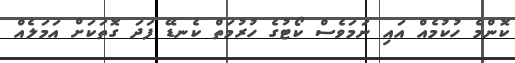
ކޮންމެ ހުކުމެއް އައި ނަމަވެސް ކޯޓުގެ ހުރުމަތް ކެނޑޭ ފަދަ ގޮތަކަށް އަމަލެއް